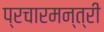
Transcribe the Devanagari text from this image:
प्रचारमन्त्री